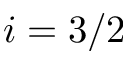
i = 3 / 2